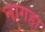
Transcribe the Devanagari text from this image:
नागहा